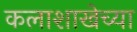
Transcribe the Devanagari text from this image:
कलाशाखेच्या